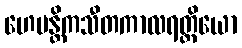
ဟေမန္တိကသီတကာလရတ္တိယော